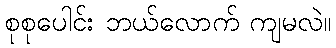
စုစုပေါင်း ဘယ်လောက် ကျမလဲ။